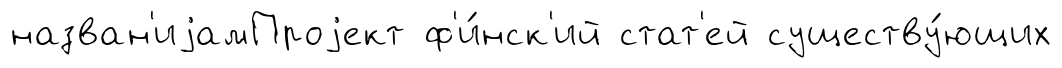
назван'иjамПроjект ф'и́нск'ий стат'ей существу́ющих